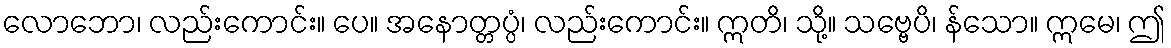
လောဘော၊ လည်းကောင်း။ ပေ။ အနောတ္တပ္ပံ၊ လည်းကောင်း။ ဣတိ၊ သို့။ သဗ္ဗေပိ၊ န်သော။ ဣမေ၊ ဤ